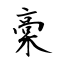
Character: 稾